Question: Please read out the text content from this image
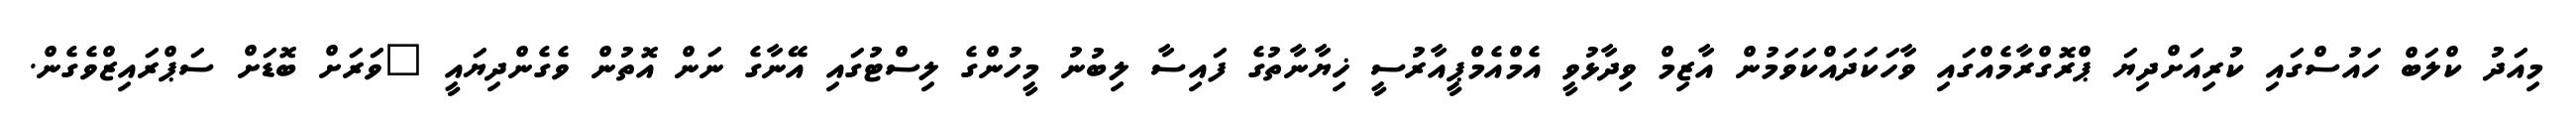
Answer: މިއަދު ކްލަބް ހައުސްގައި ކުރިއަށްދިޔަ ޕްރޮގްރާމެއްގައި ވާހަކަދައްކަވަމުން އާޒިމް ވިދާޅުވީ އެމްއެމްޕީއާރުސީ ޚިޔާނާތުގެ ފައިސާ ލިބުނު މީހުންގެ ލިސްޓުގައި އޭނާގެ ނަން އޮތުން ވެގެންދިޔައީ "ވަރަށް ބޮޑަށް ސަޕްރައިޒްވެގެން.